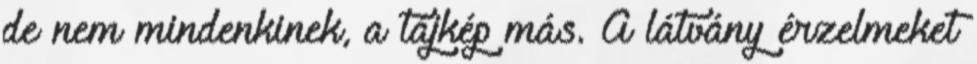
de nem mindenkinek, a tájkép más. A látvány érzelmeket